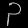
Digit: ၃